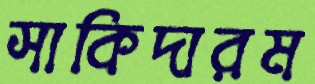
সাকিদারম